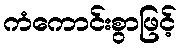
ကံကောင်းစွာဖြင့်